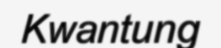
Kwantung